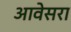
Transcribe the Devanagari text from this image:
आवेसरा